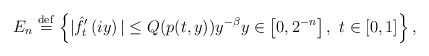
\begin{align*} E_n \overset{\mathrm{def}}{=} \left\{|\hat{f}'_{t}\left(iy\right)|\le Q(p(t,y)) y^{-\beta} y\in \left[0, 2^{-n}\right], \ t\in \left[0,1\right]\right\},\end{align*}